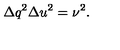
{ \Delta q } ^ { 2 } { \Delta u } ^ { 2 } = \nu ^ { 2 } .